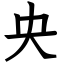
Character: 央